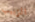
الزبيب